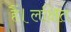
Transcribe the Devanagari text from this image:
हैं।लक्षित